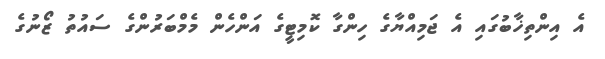
އެ އިންތިޚާބުގައި އެ ޖަމިއްޔާގެ ހިންގާ ކޮމިޓީގެ އަންހެން މެމްބަރުންގެ ސައުތު ޒޯނުގެ